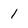
Character: 1